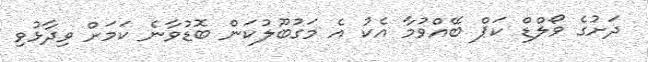
ދަށުގެ ވޯލްޑް ކަޕް ބޭއްވުމާ އެކު އެ މަގުބޫލުކަން ބޮޑުވާނެ ކަމަށް ވިދާޅުވި